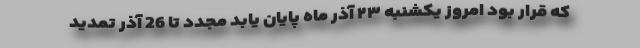
که قرار بود امروز یکشنبه ۲۳ آذر ماه پایان یابد مجدد تا 26 آذر تمدید